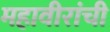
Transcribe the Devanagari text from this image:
महावीरांची